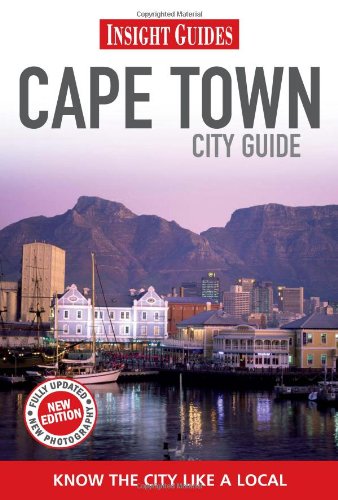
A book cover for Cape Town (City Guide); Insight Guides; Travel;